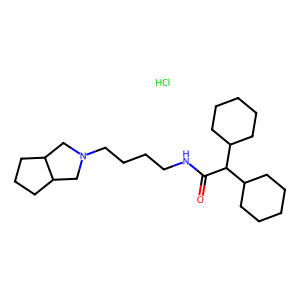
SMILES: Cl.O=C(NCCCCN1CC2CCCC2C1)C(C1CCCCC1)C1CCCCC1
Inhibits HIV replication: No